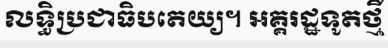
លទ្ធិប្រជាធិបតេយ្យ។ អគ្គរដ្ឋទូតថ្មី